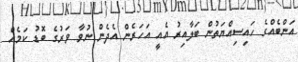
އަންބެއްގެ ހައިސިއްޔަތުން ބަލާއިރު އެއީ އަހަރެން އެދެން ނުވާ ވަރުގެ ބޮޑު ކަމެއް